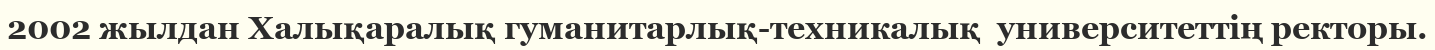
2002 жылдан Халықаралық гуманитарлық-техникалық  университеттің ректоры.